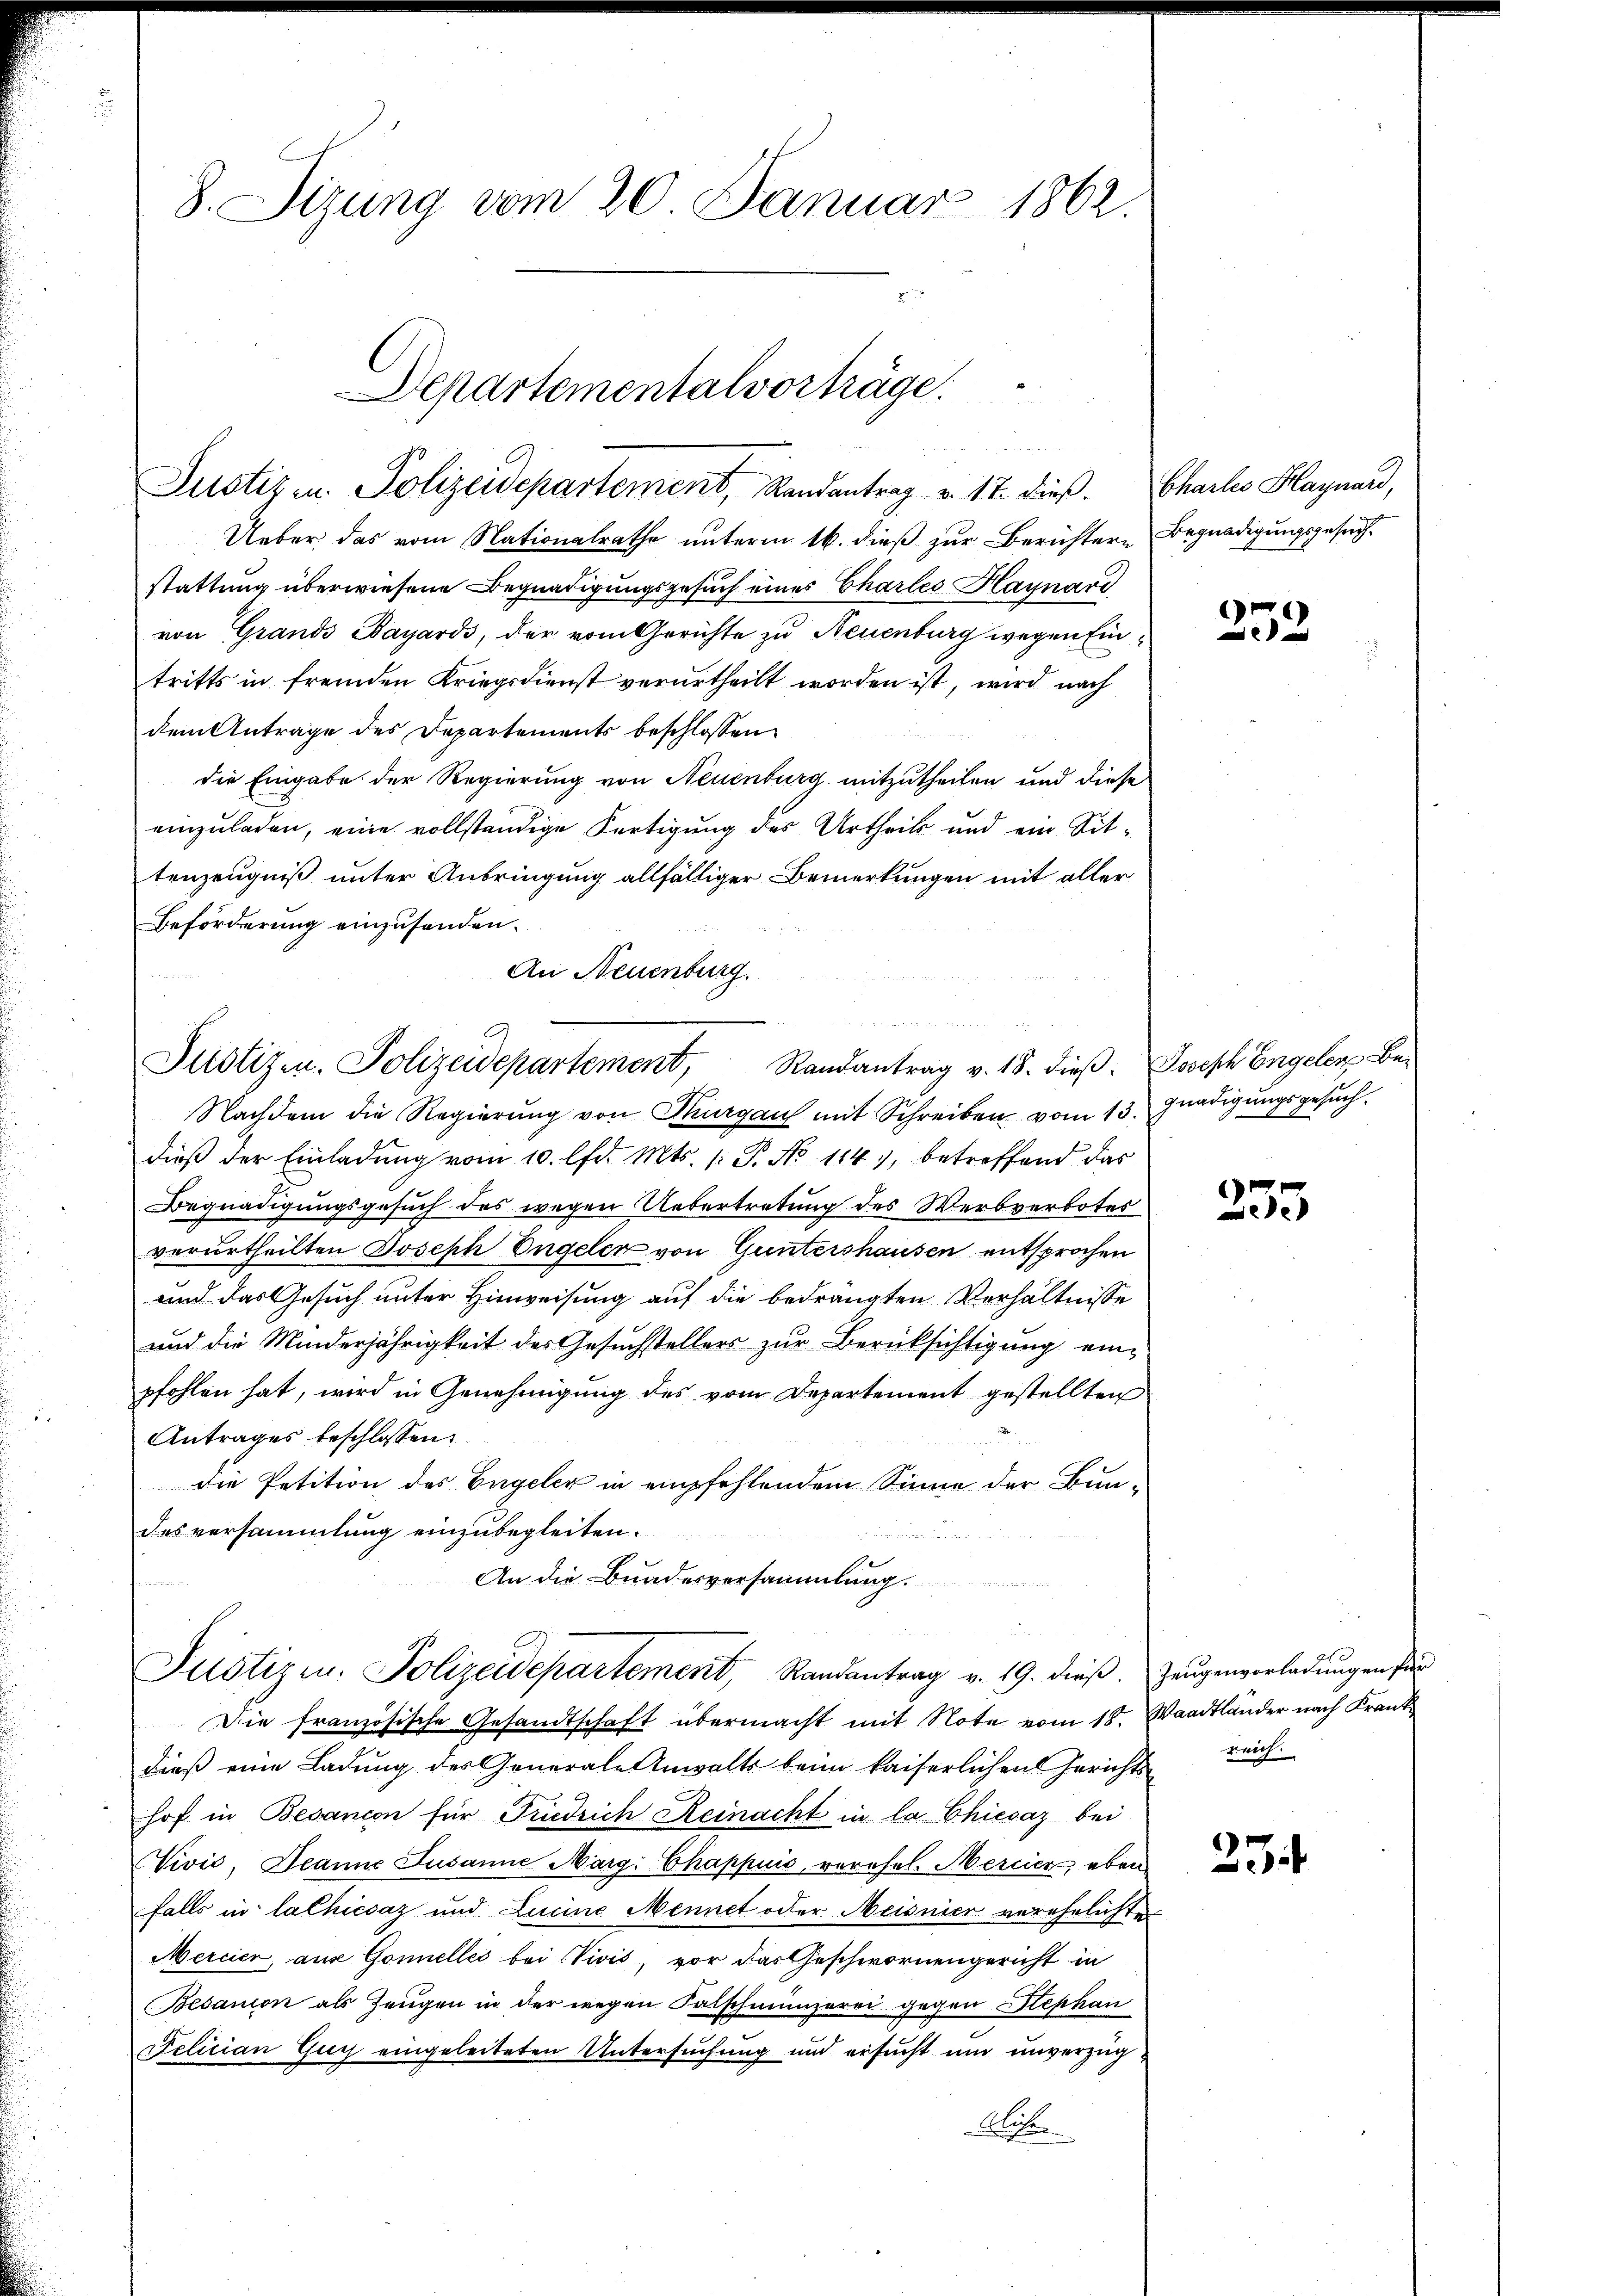
8. Sizung vom 20. Januar 1862.

Departementalvorträge.
Justiz u. Polizeidepartement, Randantrag v. 17. dieß. Charlo Haynard,

Ueber das vom Nationalrathe unterm 16. dieß zur Berichtern Begnadigungsgesuchstattung überwiesene Begnadigungsgesuch eines Chartes Haynari
von Grands Sayards, der vom Gerichte zu Neuenburg wegen Eintritts in fremden Kriegsdienst verurtheilt worden ist, wird nach
dem Antrage des Departements beschlossen
die Eingabe der Regierung von Neuenburg mitzutheilen und diese
einzuladen, eine vollständige Fertigung des Urtheils und ein Sittenzeugniß unter Anbringung allfälliger Bemerkungen mit aller
Beförderung einzusenden.
An Neuenburg.

Justizen. Polizeidepartement, Randantrag v. 18. dieβ. Joseph Engelen Be¬

Nachdem die Regierung von Thurgau mit Schreiben vom 13. Gnadigungsgesuch.
dieβ der Einladŭng vom 10. lfd. Mts. /: P. No 114), betreffend das
Begnadigungsgesuch des wegen Uebertretung des Werbverbotes
verurtheilten Joseph Engeler von Guntershausen entsprochen
und das Gesuch unter Hinweisung auf die bedrängten Verhältnisse
und die Minderjährigkeit des Gesuchstellers zur Berüksichtigung einpfohlen hat, wird in Genehmigung des vom Departement gestellten
Antrages beschlossen:
die Petition des Engeler in empfehlendem Sinne der Bundes versammlung einzubegleiten.

An die Bundesversammlung

e
Justizen. Polizeidepartement, Randantrag v. 19. dieβ. Zeŭgenvorladungen für

Die französische Gesandtschaft übermacht mit Note vom 18. Waadtländer nach Krank
dieß eine Ladung des Generale Anwalts beim kaiserlichen Gerichts-
hof in Besanion für Friedrich Reinacht in la Chiesaz bei
Vivić, Jeanne Susanne Marg: Chappuis, verehel. Mercier eben
falls in lalhicsaz und Lucine Mennet oder Meisnier verehelichte
Mercier, aus Gonellei bei Vivis, vor das Geschwornengericht in
Besanion als Zeugen in der wegen Falschmünzerei gegen Stephan
Felician Guy eingeleiteten Untersuchung und ersucht um unverzüg¬
Lise

)
2

e
ede

reich.

25